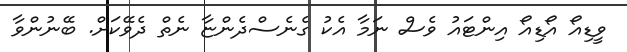
ވީޑިއޯ އޯޑިއޯ އިންޓައު ވެސް ނަމާ އެކު ގެނެސްދެންޏާ ނެތް ދެވޭކަށް. ބޭނުންވާ